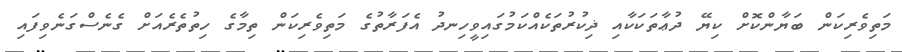
މަތިވެރިކަން ބަޔާންކޮށް ކިޔޭ ދުޢާތަކަކާއި ޛިކުރުތަކެއްކަމުގައިވީހިނދު އެފަރާތުގެ މަތިވެރިކަން ތިމާގެ ހިތުތެރެއަށް ގެނެސްގަނެވިފައި